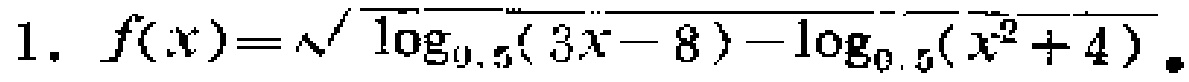
1. \(f(x)=\sqrt{\log_{0.5}(3x - 8)-\log_{0.5}(x^{2}+4)}\)